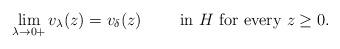
LaTeX: \begin{align*} \lim_{\lambda\to0+}v_{\lambda}(z)=v_{\delta}(z)\qquad\text{ in $H$ for every $z\ge 0$.}\end{align*}